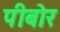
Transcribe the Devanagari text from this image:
पीबोर